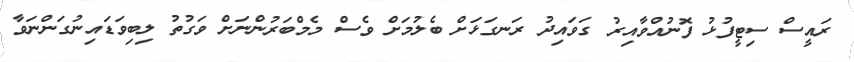
ރައީސް ސިޓީފުޅު ފޮނުއްވާއިރު ގަވައިދު ރަނގަޅަށް ބެލުމަށް ވެސް މެމްބަރުންނަށް ވަގުތު ލިބިވަޑައިނުގަންނަވާ